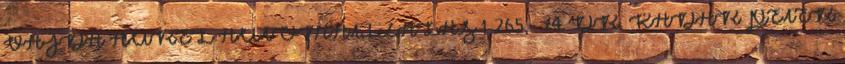
VAJDA AURÉL AUTOMATIZÁLÁS 1 265,- 74 DR. KÁDÁR PÉTER